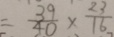
= \frac { 3 9 } { 4 0 } \times \frac { 2 3 } { 1 6 }